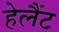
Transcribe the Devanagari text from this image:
हेलैंट